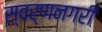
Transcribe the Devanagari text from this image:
स्‍वर्णनगरी